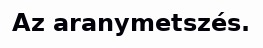
Az aranymetszés.